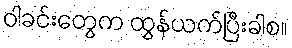
ဝါခင်းတွေက ထွန်ယက်ပြီးခါစ။